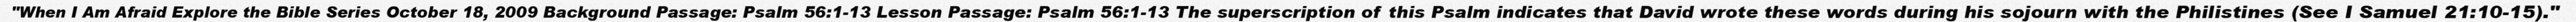
"When I Am Afraid Explore the Bible Series October 18, 2009 Background Passage: Psalm 56:1-13 Lesson Passage: Psalm 56:1-13 The superscription of this Psalm indicates that David wrote these words during his sojourn with the Philistines (See I Samuel 21:10-15)."